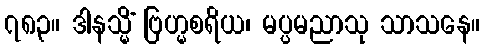
၇၈၃။ ဒါနသ္မိံ ဗြဟ္မစရိယ၊ မပ္ပမညာသု သာသနေ။